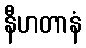
နီဟတာနံ